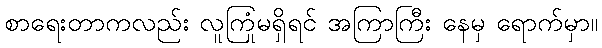
စာရေးတာကလည်း လူကြုံမရှိရင် အကြာကြီး နေမှ ရောက်မှာ။